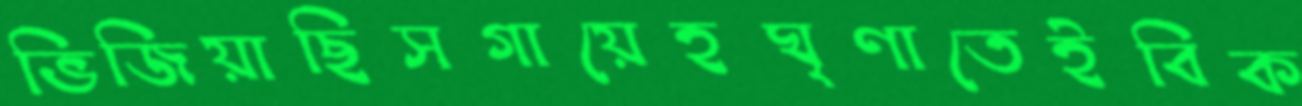
ভিজিয়াছিসগায়েহঘৃণাতেইবিক